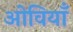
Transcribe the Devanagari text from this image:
ओवियाँ